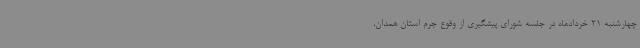
چهارشنبه 21 خردادماه در جلسه شورای پیشگیری از وقوع جرم استان همدان،